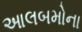
આલબમોના